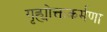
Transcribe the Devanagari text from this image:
गृह्योक्तकर्मणा